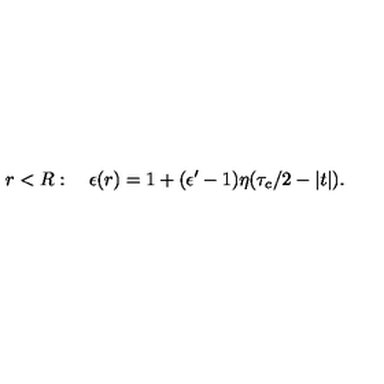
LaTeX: r < R : \quad \epsilon ( r ) = 1 + ( \epsilon ^ { \prime } - 1 ) \eta ( \tau _ { c } / 2 - | t | ) .